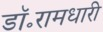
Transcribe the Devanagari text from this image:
डॉ॰रामधारी